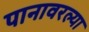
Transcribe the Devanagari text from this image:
पानावरल्या